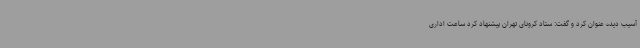
آسیب دیده عنوان کرد و گفت: ستاد کرونای تهران پیشنهاد کرد ساعت اداری